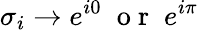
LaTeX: \sigma_{i}\rightarrow e^{i0}\; \mathrm{~o~r~}\; e^{i\pi}